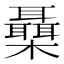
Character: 𣠞